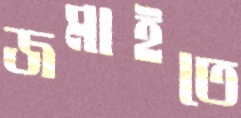
জমাইতে